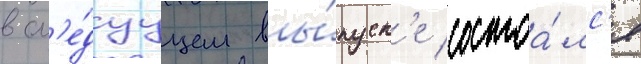
в сл'е́дуущем вы́пуск'е состоа́лс'я